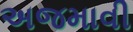
અજમાવી